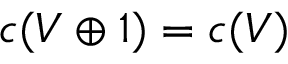
c ( V \oplus 1 ) = c ( V )